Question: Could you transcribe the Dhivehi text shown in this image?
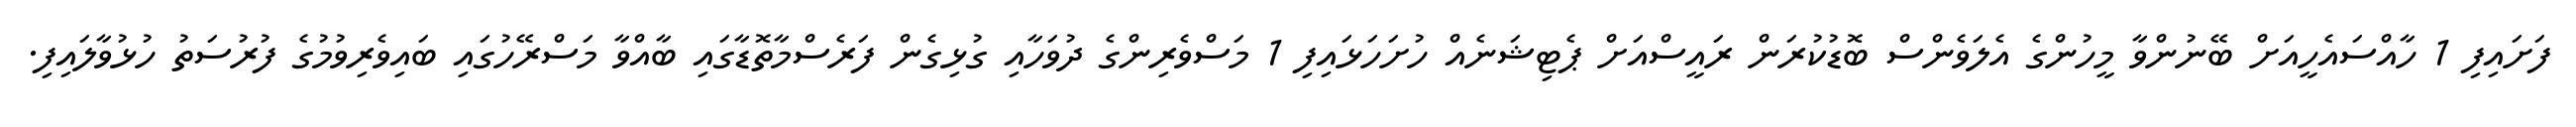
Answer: ފަށައިފި 1 ހާއްސައެހީއަށް ބޭނުންވާ މީހުންގެ އެލަވެންސް ބޮޑުކުރަން ރައީސްއަށް ޕެޓިޝަނެއް ހުށަހަޅައިފި 1 މަސްވެރިންގެ ދުވަހާއި ގުޅިގެން ފަރެސްމާތޮޑާގައި ބާއްވާ މަސްރޭހުގައި ބައިވެރިވުމުގެ ފުރުސަތު ހުޅުވާލައިފި.